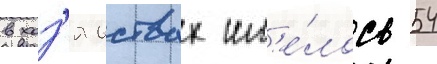
в хоз'яиствах им'е́лось 54